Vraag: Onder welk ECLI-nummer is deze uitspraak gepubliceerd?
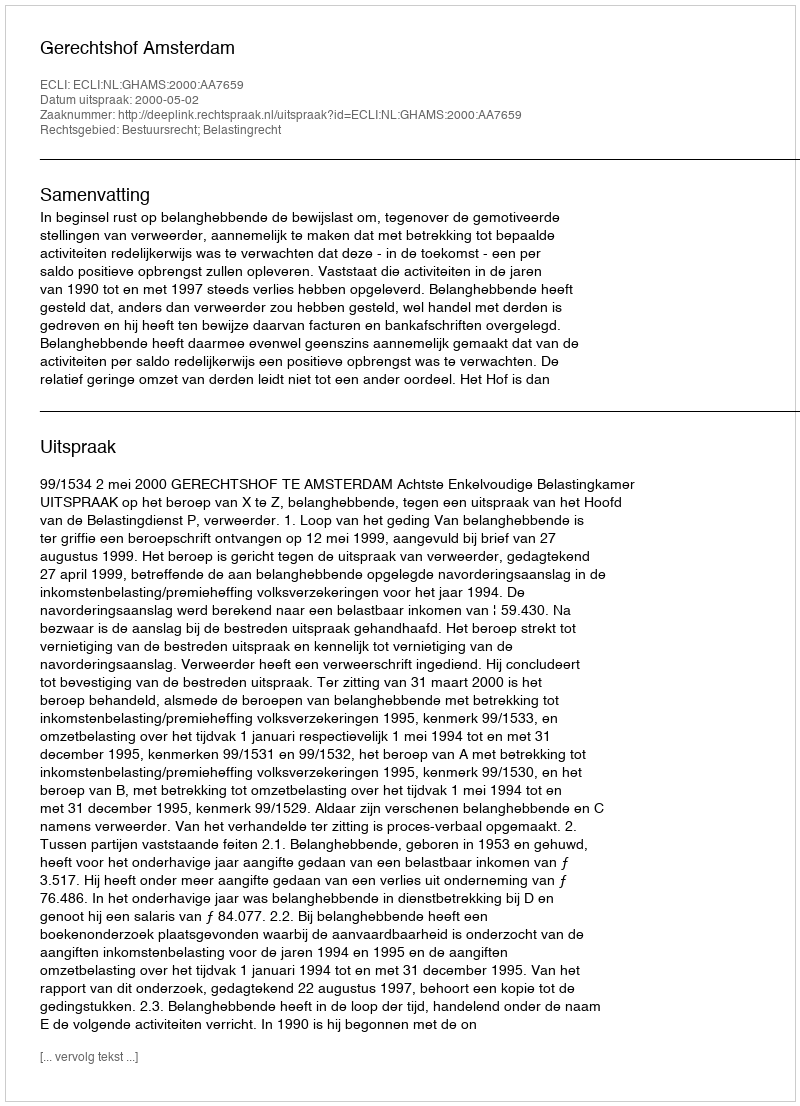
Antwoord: ECLI:NL:GHAMS:2000:AA7659